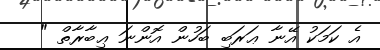
އެ ކަމަކު އޭނާ ޢަރަބި ބަހުން އޮންނަ ޢިބާރާތް "